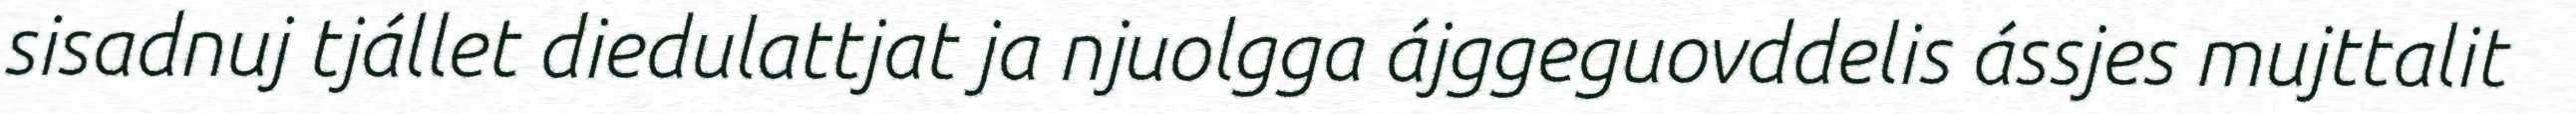
sisadnuj tjállet diedulattjat ja njuolgga ájggeguovddelis ássjes mujttalit